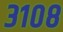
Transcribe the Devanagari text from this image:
३१०८